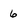
Character: 6